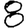
Digit: 8